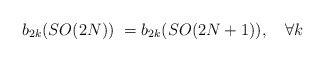
\begin{align*}b_{2k}(SO(2N))\ = b_{2k}(SO(2N+1)), \quad \forall k\end{align*}